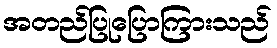
အတည်ပြုပြောကြားသည်